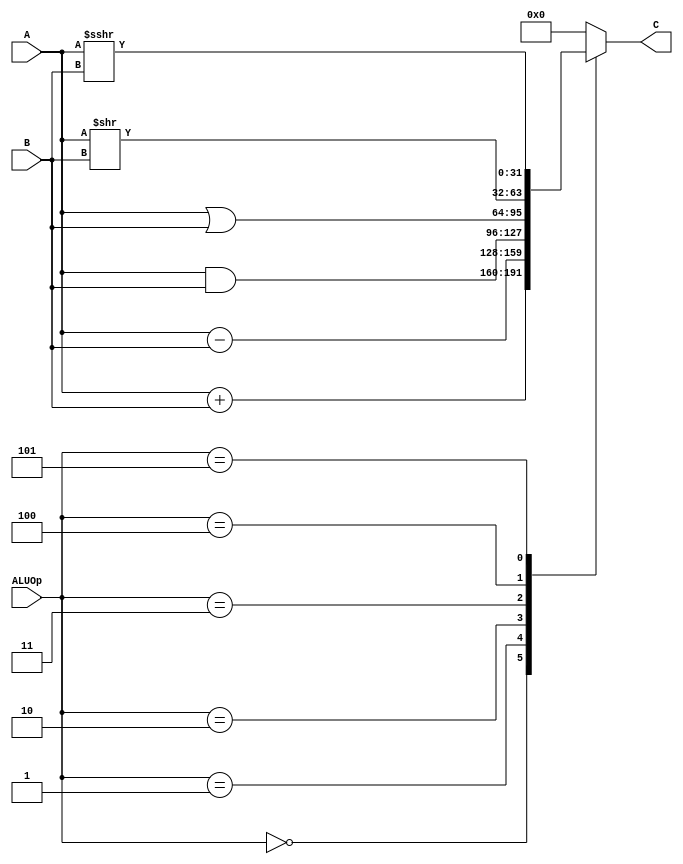
`timescale 1ns / 1ps
//////////////////////////////////////////////////////////////////////////////////
// Company: 
// Engineer: 
// 
// Design Name: 
// Module Name:    alu 
// Project Name: 
// Target Devices: 
// Tool versions: 
// Description: 
//
// Dependencies: 
//
// Revision: 
// Revision 0.01 - File Created
// Additional Comments: 
//
//////////////////////////////////////////////////////////////////////////////////
module alu(
    input  [31:0] A,
    input  [31:0] B,
    input  [2:0]  ALUOp,
    output reg [31:0] C
    );

    always @(*) 
    begin
        case (ALUOp)
          0: C=A+B;
          1: C=A-B;
          2: C=A&B;
          3: C=A|B;
          4: C=A>>B;
          5: C=$signed(A)>>>B;
          default: C=0;
        endcase  
    end

endmodule